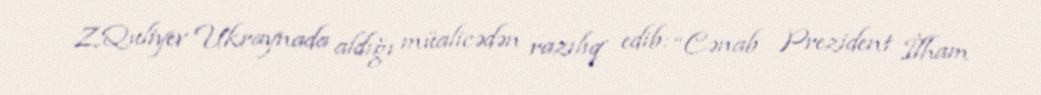
Z.Quliyev Ukraynada aldığı müalicədən razılıq edib: “Cənab Prezident İlham